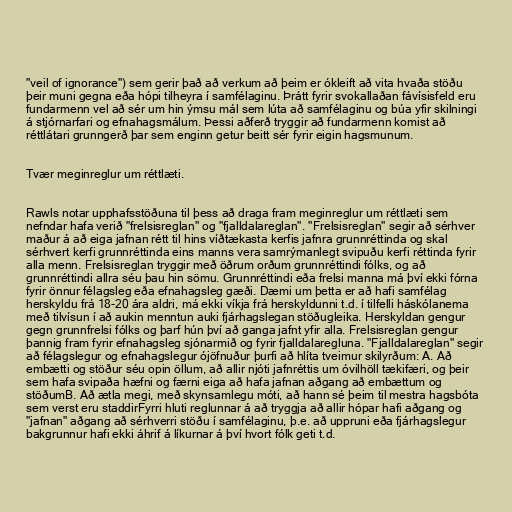
"veil of ignorance") sem gerir það að verkum að þeim er ókleift að vita hvaða stöðu
þeir muni gegna eða hópi tilheyra í samfélaginu. Þrátt fyrir svokallaðan fávísisfeld eru
fundarmenn vel að sér um hin ýmsu mál sem lúta að samfélaginu og búa yfir skilningi
á stjórnarfari og efnahagsmálum. Þessi aðferð tryggir að fundarmenn komist að
réttlátari grunngerð þar sem enginn getur beitt sér fyrir eigin hagsmunum.

Tvær meginreglur um réttlæti.

Rawls notar upphafsstöðuna til þess að draga fram meginreglur um réttlæti sem
nefndar hafa verið "frelsisreglan" og "fjalldalareglan". "Frelsisreglan" segir að sérhver
maður á að eiga jafnan rétt til hins víðtækasta kerfis jafnra grunnréttinda og skal
sérhvert kerfi grunnréttinda eins manns vera samrýmanlegt svipuðu kerfi réttinda fyrir
alla menn. Frelsisreglan tryggir með öðrum orðum grunnréttindi fólks, og að
grunnréttindi allra séu þau hin sömu. Grunnréttindi eða frelsi manna má því ekki fórna
fyrir önnur félagsleg eða efnahagsleg gæði. Dæmi um þetta er að hafi samfélag
herskyldu frá 18-20 ára aldri, má ekki víkja frá herskyldunni t.d. í tilfelli háskólanema
með tilvísun í að aukin menntun auki fjárhagslegan stöðugleika. Herskyldan gengur
gegn grunnfrelsi fólks og þarf hún því að ganga jafnt yfir alla. Frelsisreglan gengur
þannig fram fyrir efnahagsleg sjónarmið og fyrir fjalldalaregluna. "Fjalldalareglan" segir
að félagslegur og efnahagslegur ójöfnuður þurfi að hlíta tveimur skilyrðum: A. Að
embætti og stöður séu opin öllum, að allir njóti jafnréttis um óvilhöll tækifæri, og þeir
sem hafa svipaða hæfni og færni eiga að hafa jafnan aðgang að embættum og
stöðumB. Að ætla megi, með skynsamlegu móti, að hann sé þeim til mestra hagsbóta
sem verst eru staddirFyrri hluti reglunnar á að tryggja að allir hópar hafi aðgang og
"jafnan" aðgang að sérhverri stöðu í samfélaginu, þ.e. að uppruni eða fjárhagslegur
bakgrunnur hafi ekki áhrif á líkurnar á því hvort fólk geti t.d.